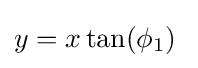
y=x\tan(\phi _{1})\;